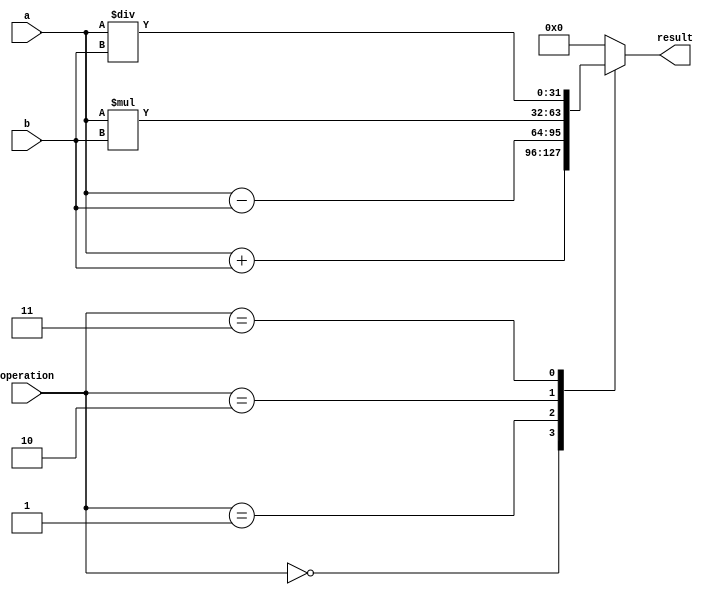
module floating_point_unit (
input wire [31:0] a,
input wire [31:0] b,
input wire [2:0] operation,
output reg [31:0] result
);

always @(a, b, operation) begin

case(operation)
3'b000: result = a + b; // Addition
3'b001: result = a - b; // Subtraction
3'b010: result = a * b; // Multiplication
3'b011: result = a / b; // Division
default: result = 32'b0; // Default case
endcase

end

endmodule